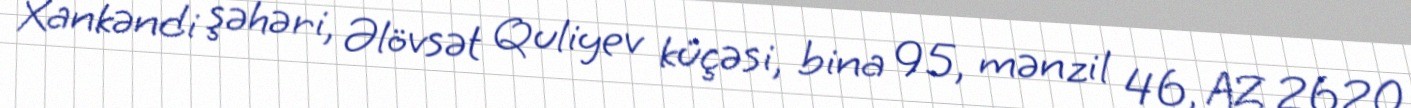
Xankəndi şəhəri, Əlövsət Quliyev küçəsi, bina 95, mənzil 46, AZ 2620